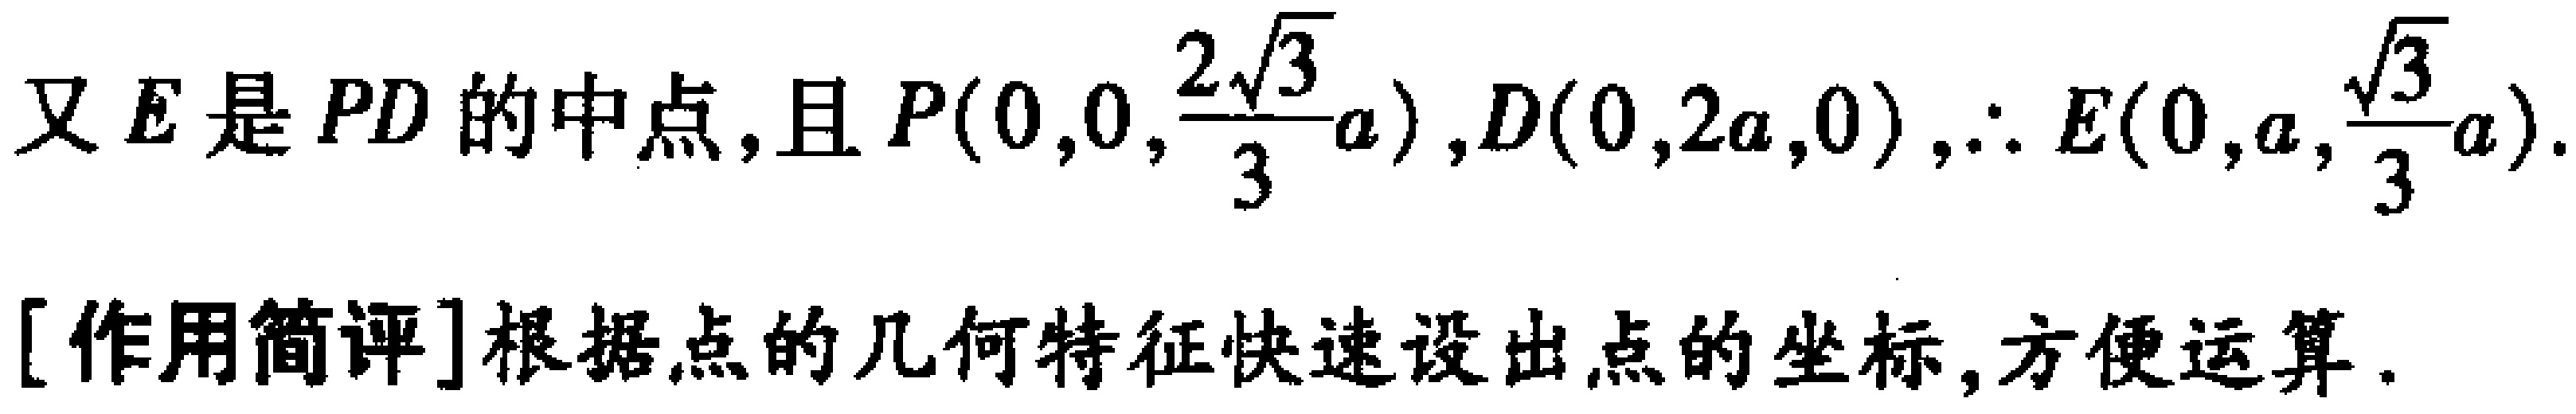
又 \(E\) 是 \(PD\) 的中点, 且 \(P(0,0,\frac{2\sqrt{3}}{3}a)\), \(D(0,2a,0)\), \(\therefore E(0,a,\frac{\sqrt{3}}{3}a)\).

[作用简评]根据点的几何特征快速设出点的坐标, 方便运算.